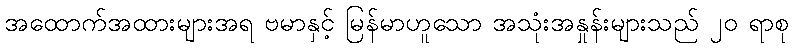
အထောက်အထားများအရ ဗမာနှင့် မြန်မာဟူသော အသုံးအနှုန်းများသည် ၂၀ ရာစု